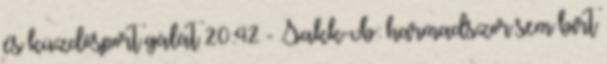
és küzdősport gálát 20:42 - Sakk-vb: harmadszor sem bírt